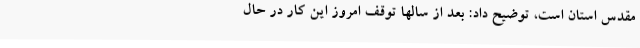
مقدس استان است، توضیح داد: بعد از سالها توقف امروز این کار در حال